65_HS1-834228961_62-HQ-83894_Section_4
Agency: FBI
Page 83
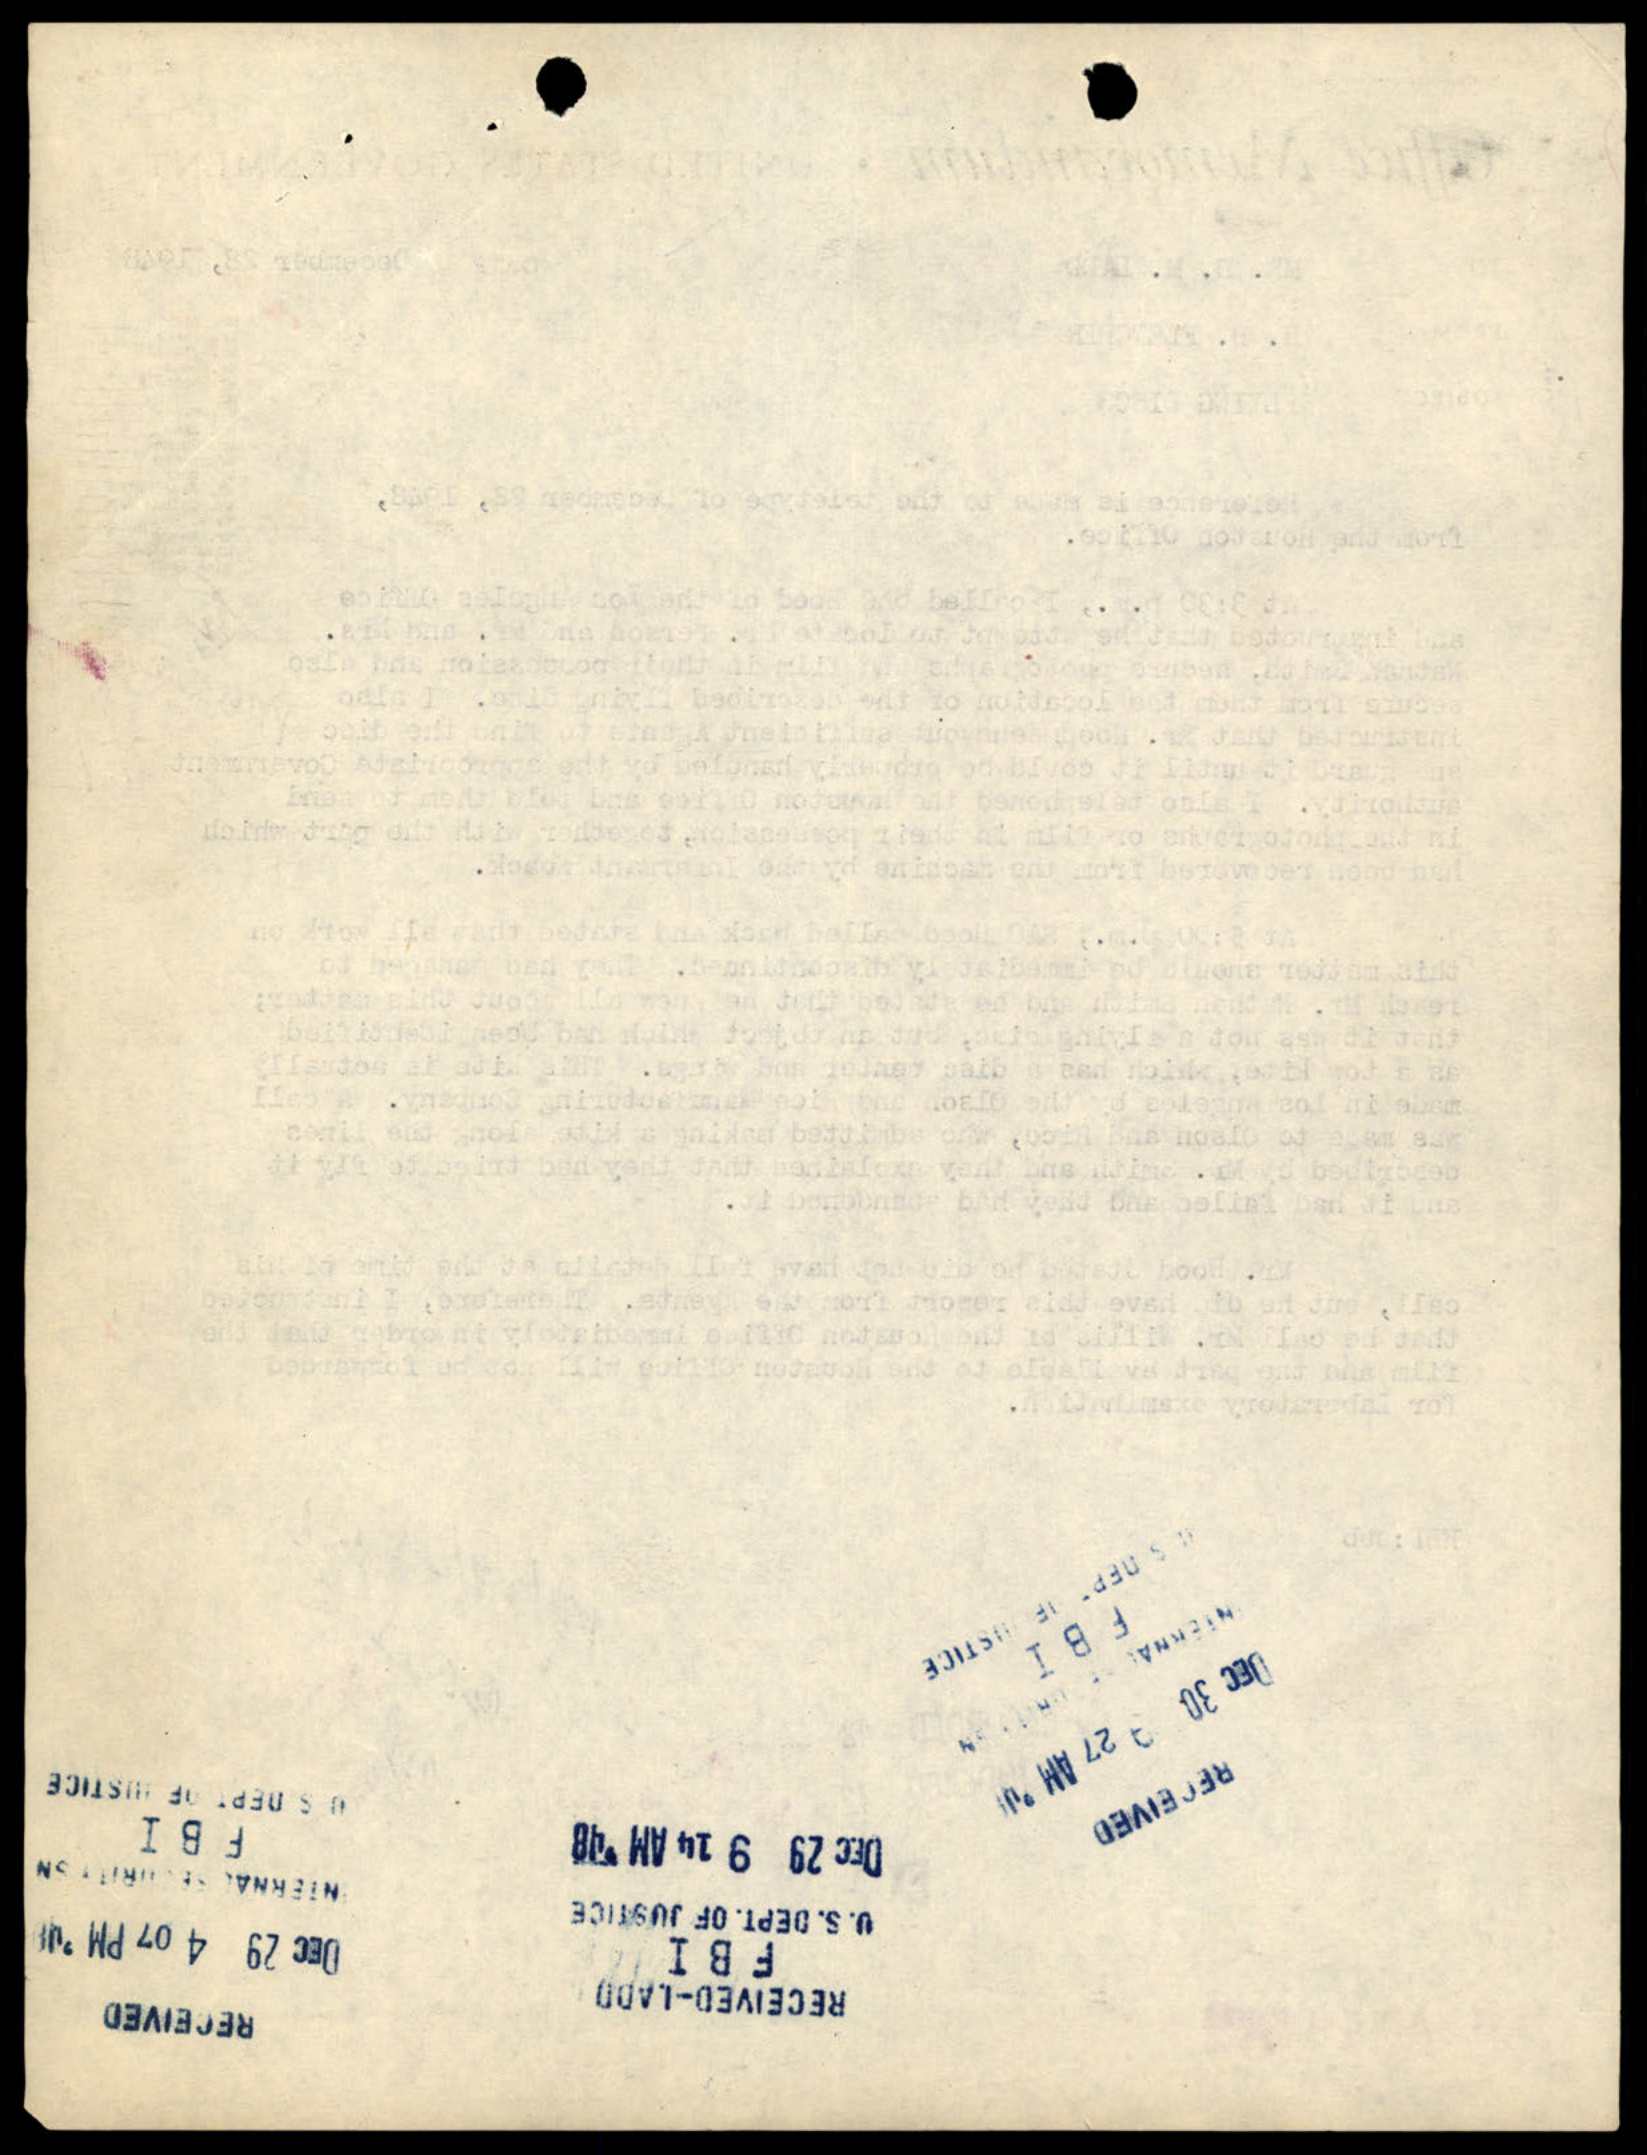